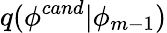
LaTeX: q(\phi^{cand}|\phi_{m-1})